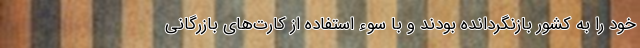
خود را به کشور بازنگردانده بودند و با سوء استفاده از کارت‌های بازرگانی